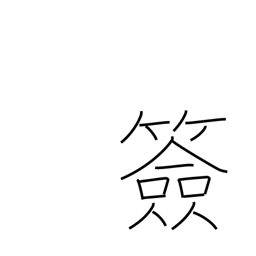
Meaning: signature